Annual report on the health of the army in India
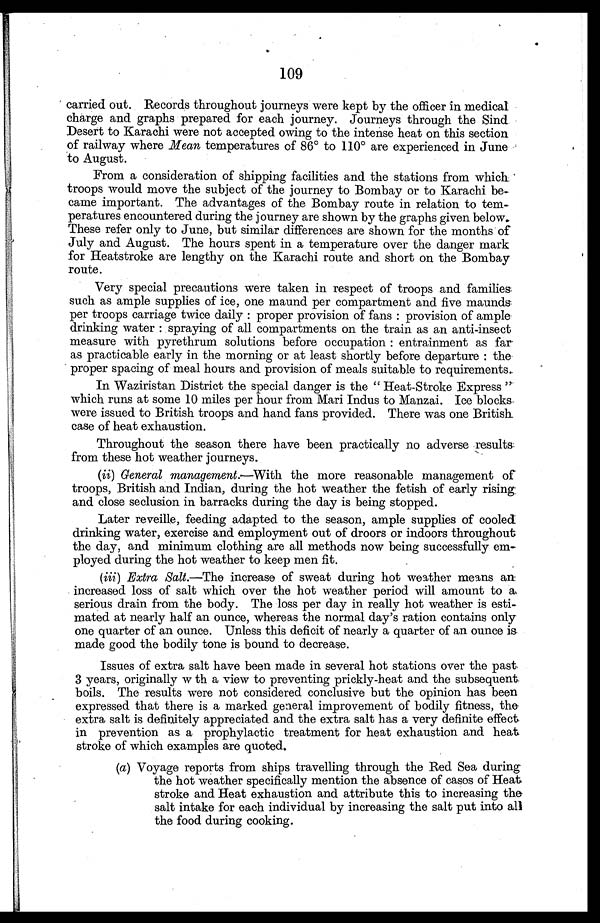
109
carried out. Records throughout journeys were kept by the officer in medical
charge and graphs prepared for each journey. Journeys through the Sind.
Desert to Karachi were not accepted owing to the intense heat on this section
of railway where Mean temperatures of 86° to 110° are experienced in June
to August.
From a consideration of shipping facilities and the stations from which
troops would move the subject of the journey to Bombay or to Karachi be
-came important. The advantages of the Bombay route in relation to tem
- p e r a t u r e s e n c o u n t e r e d d u r i n g t h e j o u r n e y a r e s h o w n b y t h e g r a p h s g i v e n b e l o w .
These refer only to June, but similar differences are shown for the months of
July and August. The hours spent in a temperature over the danger mark
for Heatstroke are lengthy on the Karachi route and short on the Bombay
route.
Very special precautions were taken in respect of troops and families
such as ample supplies of ice, one maund per compartment and five maunds
per troops carriage twice daily: proper provision of fans: provision of ample
drinking water: spraying of all compartments on the train as an anti-insect
measure with pyrethrum solutions before occupation: entrainment as far
a s p r a c t i c a b l e e a r l y i n t h e m o r n i n g o r a t l e a s t s h o r t l y b e f o r e d e p a r t u r e : t h e
proper spacing of meal hours and provision of meals suitable to requirements.
In Waziristan District the special danger is the "Heat-Stroke Express"
which runs at some 10 miles per hour from Mari Indus to Manzai. Ice blocks
were issued to British troops and hand fans provided. There was one British
case of heat exhaustion.
Throughout the season there have been practically no adverse results
from these hot weather journeys.
(ii) General management.—With the more reasonable management of
troops, British and Indian, during the hot weather the fetish of early rising
and close seclusion in barracks during the day is being stopped.
Later reveille, feeding adapted to the season, ample supplies of cooled
drinking water, exercise and employment out of droors or indoors throughout
the day, and minimum clothing are all methods now being successfully em
-ployed during the hot weather to keep men fit.
(iii) Extra Salt.—The increase of sweat during hot weather means an
increased loss of salt which over the hot weather period will amount to a
serious drain from the body. The loss per day in really hot weather is esti
- m a t e d a t n e a r l y h a l f a n o u n c e , w h e r e a s t h e n o r m a l d a y ' s r a t i o n c o n t a i n s o n l y
one quarter of an ounce. Unless this deficit of nearly a quarter of an ounce is
made good the bodily tone is bound to decrease.
Issues of extra salt have been made in several hot stations over the past
3 years, originally w th a view to preventing prickly-heat and the subsequent
boils. The results were not considered conclusive but the opinion has been
expressed that there is a marked general improvement of bodily fitness, the
extra salt is definitely appreciated and the extra salt has a very definite effect
in prevention as a prophylactic treatment for heat exhaustion and heat
stroke of which examples are quoted.
(a) Voyage reports from ships travelling through the Red Sea during
the hot weather specifically mention the absence of cases of Heat
stroke and Heat exhaustion and attribute this to increasing the
salt intake for each individual by increasing the salt put into all
the food during cooking.